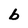
Character: b